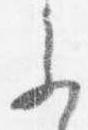
参